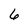
Character: 6